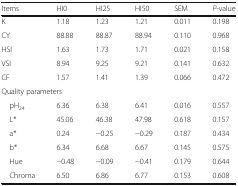
<table><thead><tr><td><b>Items</b></td><td><b>HI0</b></td><td><b>HI25</b></td><td><b>HI50</b></td><td><b>SEM</b></td><td><b><i>P</i>-value</b></td></tr></thead><tbody><tr><td>K</td><td>1.18</td><td>1.23</td><td>1.21</td><td>0.011</td><td>0.198</td></tr><tr><td>CY</td><td>88.88</td><td>88.87</td><td>88.94</td><td>0.110</td><td>0.968</td></tr><tr><td>HSI</td><td>1.63</td><td>1.73</td><td>1.71</td><td>0.021</td><td>0.158</td></tr><tr><td>VSI</td><td>8.94</td><td>9.25</td><td>9.21</td><td>0.141</td><td>0.632</td></tr><tr><td>CF</td><td>1.57</td><td>1.41</td><td>1.39</td><td>0.066</td><td>0.472</td></tr><tr><td colspan="6">Quality parameters</td></tr><tr><td> pH<sub>24</sub></td><td>6.36</td><td>6.38</td><td>6.41</td><td>0.016</td><td>0.557</td></tr><tr><td> L*</td><td>45.06</td><td>46.38</td><td>47.98</td><td>0.618</td><td>0.157</td></tr><tr><td> a*</td><td>0.24</td><td>−0.25</td><td>−0.29</td><td>0.187</td><td>0.434</td></tr><tr><td> b*</td><td>6.34</td><td>6.68</td><td>6.67</td><td>0.145</td><td>0.575</td></tr><tr><td> Hue</td><td>−0.48</td><td>−0.09</td><td>−0.41</td><td>0.179</td><td>0.644</td></tr><tr><td> Chroma</td><td>6.50</td><td>6.86</td><td>6.77</td><td>0.153</td><td>0.608</td></tr></tbody></table>